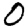
Digit: 0